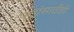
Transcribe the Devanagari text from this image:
पक्षांसाठीही